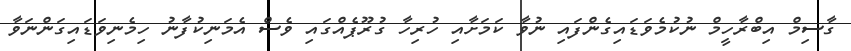
ގާސިމް އިބްރާހީމް ނުކުމެވަޑައިގެންފައި ނުވާ ކަމަށާއި ހުރިހާ ގުރޫޕެއްގައި ވެސް އެމަނިކުފާނު ހިމެނިވަޑައިގަންނަވާ